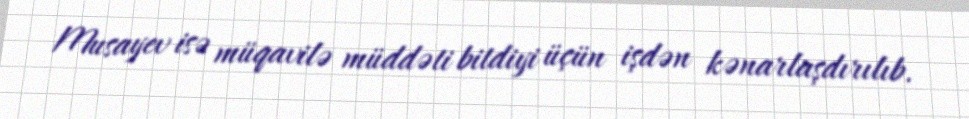
Musayev isə müqavilə müddəti bitdiyi üçün işdən kənarlaşdırılıb.